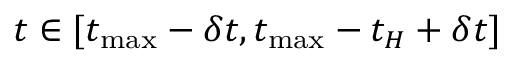
t \in [ t _ { \operatorname* { m a x } } - \delta t , t _ { \operatorname* { m a x } } - t _ { H } + \delta t ]